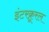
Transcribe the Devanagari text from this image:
इंटरक्रूरल